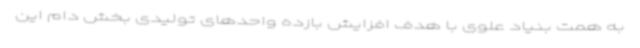
به همت بنیاد علوی با هدف افزایش بازده واحدهای تولیدی بخش دام این